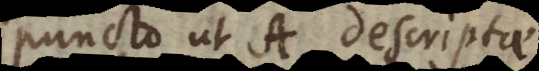
puncto ut A, descriptae